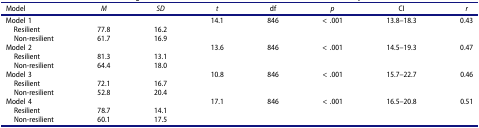
<table><thead><tr><td><b>Model</b></td><td><b><i>M</i></b></td><td><b><i>SD</i></b></td><td><b><i>t</i></b></td><td><b>df</b></td><td><b><i>p</i></b></td><td><b>CI</b></td><td><b><i>r</i></b></td></tr></thead><tbody><tr><td>Model 1</td><td> </td><td> </td><td>14.1</td><td>846</td><td>&lt; .001</td><td>13.8–18.3</td><td>0.43</td></tr><tr><td> Resilient</td><td>77.8</td><td>16.2</td><td> </td><td> </td><td> </td><td> </td><td> </td></tr><tr><td> Non-resilient</td><td>61.7</td><td>16.9</td><td> </td><td> </td><td> </td><td> </td><td> </td></tr><tr><td>Model 2</td><td> </td><td> </td><td>13.6</td><td>846</td><td>&lt; .001</td><td>14.5–19.3</td><td>0.47</td></tr><tr><td> Resilient</td><td>81.3</td><td>13.1</td><td> </td><td> </td><td> </td><td> </td><td> </td></tr><tr><td> Non-resilient</td><td>64.4</td><td>18.0</td><td> </td><td> </td><td> </td><td> </td><td> </td></tr><tr><td>Model 3</td><td> </td><td> </td><td>10.8</td><td>846</td><td>&lt; .001</td><td>15.7–22.7</td><td>0.46</td></tr><tr><td> Resilient</td><td>72.1</td><td>16.7</td><td> </td><td> </td><td> </td><td> </td><td> </td></tr><tr><td> Non-resilient</td><td>52.8</td><td>20.4</td><td> </td><td> </td><td> </td><td> </td><td> </td></tr><tr><td>Model 4</td><td> </td><td> </td><td>17.1</td><td>846</td><td>&lt; .001</td><td>16.5–20.8</td><td>0.51</td></tr><tr><td> Resilient</td><td>78.7</td><td>14.1</td><td> </td><td> </td><td> </td><td> </td><td> </td></tr><tr><td> Non-resilient</td><td>60.1</td><td>17.5</td><td> </td><td> </td><td> </td><td> </td><td> </td></tr></tbody></table>